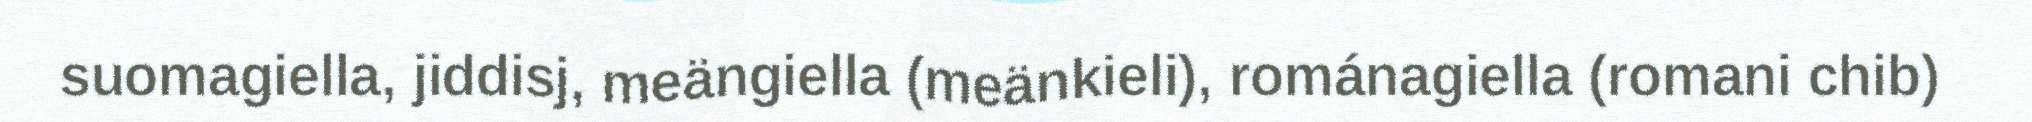
suomagiella, jiddisj, meängiella (meänkieli), románagiella (romani chib)